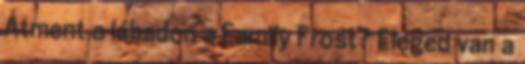
Átment a lábadon a Family Frost? Eleged van a